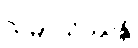
သမ္ပာယိဿန္တိ